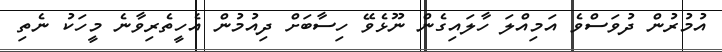
އުމުރުން ދުވަސްވެ އަމިއްލަ ހާލައިގެން ނޫޅެވޭ ހިސާބަށް ދިއުމުން އެހީތެރިވާނެ މީހަކު ނެތި